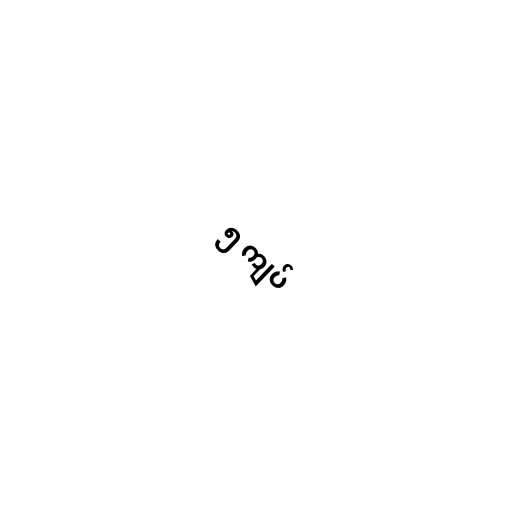
၅ ကျပ်